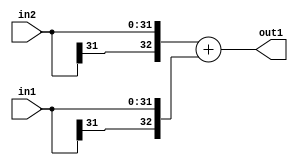
`timescale 1ps / 1ps
/*****************************************************************************
    Verilog RTL Description
    
    
    Created by: CellMath Designer 2019.1.01 
*******************************************************************************/

module avg_pool_Add_32Sx32S_33S_4_1 (
	in2,
	in1,
	out1
	); /* architecture "behavioural" */ 
input [31:0] in2,
	in1;
output [32:0] out1;
wire [32:0] asc001;

assign asc001 = 
	+({in2[31], in2})
	+({in1[31], in1});

assign out1 = asc001;
endmodule

/* CADENCE  ubH4Sgo= : u9/ySgnWtBlWxVPRXgAZ4Og= ** DO NOT EDIT THIS LINE ******/